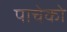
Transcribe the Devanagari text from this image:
पाचेको